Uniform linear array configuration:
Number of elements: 32
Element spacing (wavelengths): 0.75
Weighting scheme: binomial
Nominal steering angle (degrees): -45
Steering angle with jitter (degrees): -44.828
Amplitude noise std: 0.05
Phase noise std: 0.05

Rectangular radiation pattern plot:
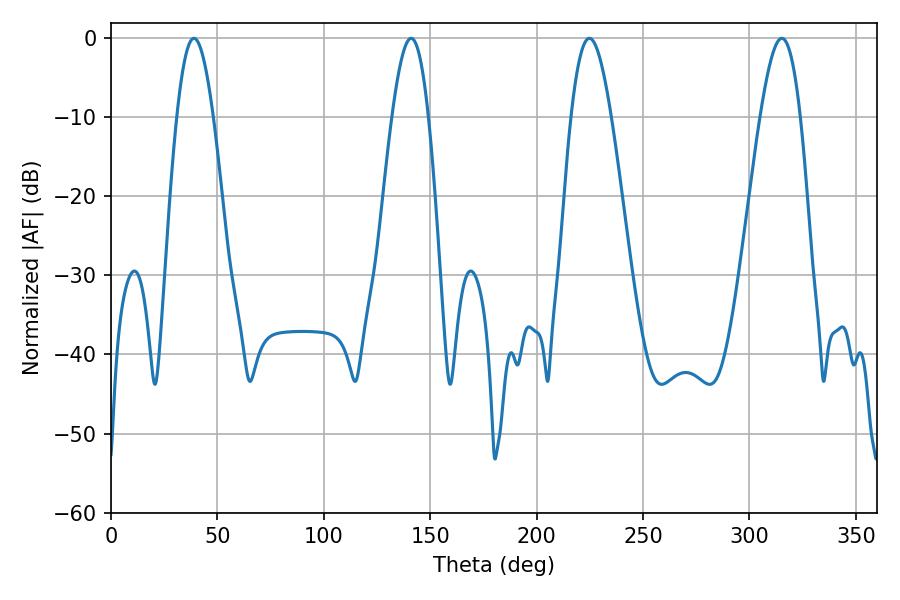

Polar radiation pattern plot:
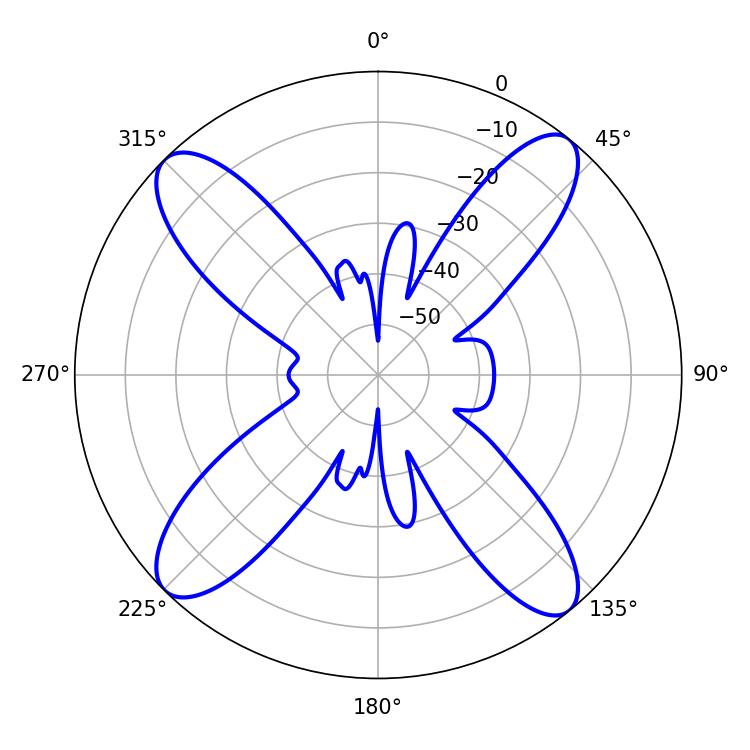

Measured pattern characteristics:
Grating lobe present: TRUE
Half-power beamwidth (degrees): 10.08
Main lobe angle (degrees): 224.82